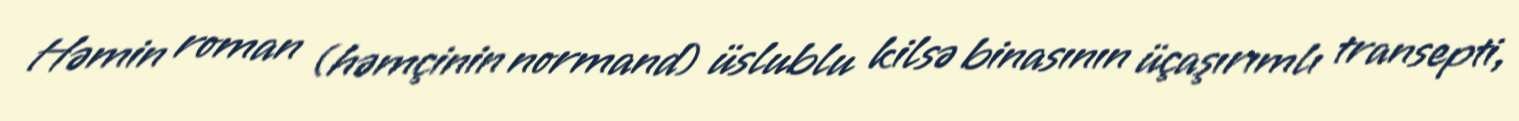
Həmin roman (həmçinin normand) üslublu kilsə binasının üçaşırımlı transepti,